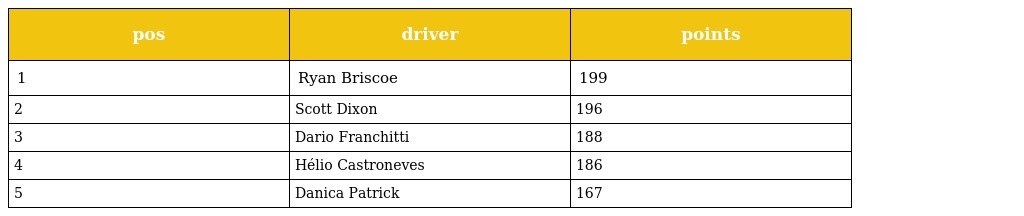
| pos | driver | points |
 | --- | --- | --- |
 | 1 | Ryan Briscoe | 199 |
 | 2 | Scott Dixon | 196 |
 | 3 | Dario Franchitti | 188 |
 | 4 | Hélio Castroneves | 186 |
 | 5 | Danica Patrick | 167 |